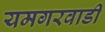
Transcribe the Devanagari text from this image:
यमगरवाडी